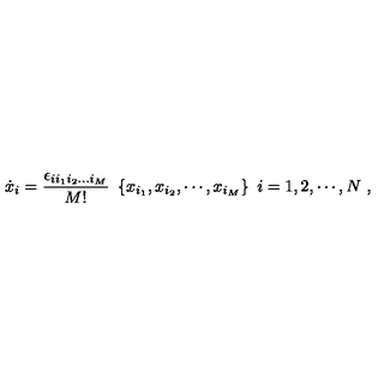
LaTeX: \dot { x } _ { i } = \frac { \epsilon _ { i i _ { 1 } i _ { 2 } . . . i _ { M } } } { M ! } \ \left\{ x _ { i _ { 1 } } , x _ { i _ { 2 } } , \cdots , x _ { i _ { M } } \right\} \ i = 1 , 2 , \cdots , N \ ,